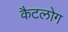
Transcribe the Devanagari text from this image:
कैटलोग